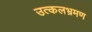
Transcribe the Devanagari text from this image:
उत्कलभ्रमण